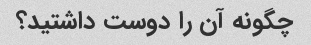
چگونه آن را دوست داشتید؟